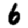
Digit: 6